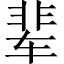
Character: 辈